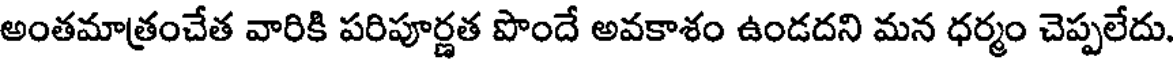
అంతమాత్రంచేత వారికి పరిపూర్ణత పొందే అవకాశం ఉండదని మన ధర్మం చెప్పలేదు.